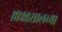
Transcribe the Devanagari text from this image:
१९२६सालच्या